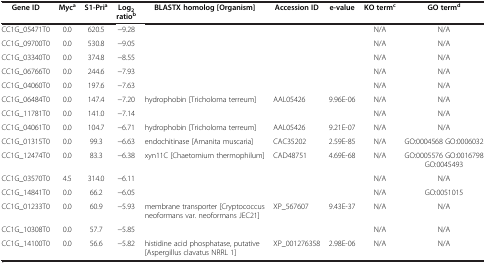
<table><thead><tr><td><b>Gene ID</b></td><td><b>Myc<sup>a</sup></b></td><td><b>S1-Pri<sup>a</sup></b></td><td><b>Log<sub>2</sub>ratio<sup>b</sup></b></td><td><b>BLASTX homolog [Organism]</b></td><td><b>Accession ID</b></td><td><b>e-value</b></td><td><b>KO term<sup>c</sup></b></td><td><b>GO term<sup>d</sup></b></td></tr></thead><tbody><tr><td>CC1G_05471T0</td><td>0.0</td><td>620.5</td><td>−9.28</td><td> </td><td> </td><td> </td><td>N/A</td><td>N/A</td></tr><tr><td>CC1G_09700T0</td><td>0.0</td><td>530.8</td><td>−9.05</td><td> </td><td> </td><td> </td><td>N/A</td><td>N/A</td></tr><tr><td>CC1G_03340T0</td><td>0.0</td><td>374.8</td><td>−8.55</td><td> </td><td> </td><td> </td><td>N/A</td><td>N/A</td></tr><tr><td>CC1G_06766T0</td><td>0.0</td><td>244.6</td><td>−7.93</td><td> </td><td> </td><td> </td><td>N/A</td><td>N/A</td></tr><tr><td>CC1G_04060T0</td><td>0.0</td><td>197.6</td><td>−7.63</td><td> </td><td> </td><td> </td><td>N/A</td><td>N/A</td></tr><tr><td>CC1G_06484T0</td><td>0.0</td><td>147.4</td><td>−7.20</td><td>hydrophobin [Tricholoma terreum]</td><td>AAL05426</td><td>9.96E-06</td><td>N/A</td><td>N/A</td></tr><tr><td>CC1G_11781T0</td><td>0.0</td><td>141.0</td><td>−7.14</td><td> </td><td> </td><td> </td><td>N/A</td><td>N/A</td></tr><tr><td>CC1G_04061T0</td><td>0.0</td><td>104.7</td><td>−6.71</td><td>hydrophobin [Tricholoma terreum]</td><td>AAL05426</td><td>9.21E-07</td><td>N/A</td><td>N/A</td></tr><tr><td>CC1G_01315T0</td><td>0.0</td><td>99.3</td><td>−6.63</td><td>endochitinase [Amanita muscaria]</td><td>CAC35202</td><td>2.59E-85</td><td>N/A</td><td>GO:0004568 GO:0006032</td></tr><tr><td>CC1G_12474T0</td><td>0.0</td><td>83.3</td><td>−6.38</td><td>xyn11C [Chaetomium thermophilum]</td><td>CAD48751</td><td>4.69E-68</td><td>N/A</td><td>GO:0005576 GO:0016798 GO:0045493</td></tr><tr><td>CC1G_03570T0</td><td>4.5</td><td>314.0</td><td>−6.11</td><td> </td><td> </td><td> </td><td>N/A</td><td>N/A</td></tr><tr><td>CC1G_14841T0</td><td>0.0</td><td>66.2</td><td>−6.05</td><td> </td><td> </td><td> </td><td>N/A</td><td>GO:0051015</td></tr><tr><td>CC1G_01233T0</td><td>0.0</td><td>60.9</td><td>−5.93</td><td>membrane transporter [Cryptococcus neoformans var. neoformans JEC21]</td><td>XP_567607</td><td>9.43E-37</td><td>N/A</td><td>N/A</td></tr><tr><td>CC1G_10308T0</td><td>0.0</td><td>57.7</td><td>−5.85</td><td> </td><td> </td><td> </td><td>N/A</td><td>N/A</td></tr><tr><td>CC1G_14100T0</td><td>0.0</td><td>56.6</td><td>−5.82</td><td>histidine acid phosphatase, putative [Aspergillus clavatus NRRL 1]</td><td>XP_001276358</td><td>2.98E-06</td><td>N/A</td><td>N/A</td></tr></tbody></table>